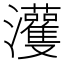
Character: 𤅞